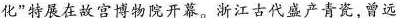
化”特展在故宫博物院开幕。浙江古代盛产青瓷，曾远